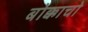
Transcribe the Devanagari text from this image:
बोक्काचो